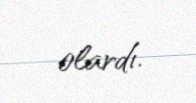
olardı.